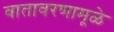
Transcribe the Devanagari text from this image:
वातावरणामूळे